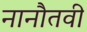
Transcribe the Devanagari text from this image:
नानौतवी